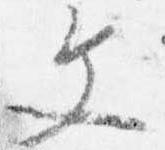
文